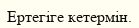
Ертегіге кетермін.